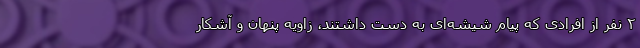
۲ نفر از افرادی که پیام شیشه‌ای به دست داشتند، زاویه پنهان و آشکار